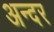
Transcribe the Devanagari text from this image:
अन्दर